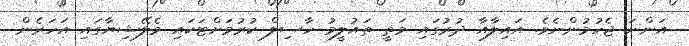
އަންނަ ޖެހުމުންނެވެ. އައިލާއާ ދުރުގައި މަތީ ތައުލީމު ހާސިލް ކުރުމަށްޓަކައި މެލޭޝިޔާގައި އަހަރެން